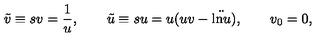
\tilde { v } \equiv s v = \frac { 1 } { u } , \qquad \tilde { u } \equiv s u = u ( u v - \ddot { \mathrm { l n } u } ) , \qquad v _ { 0 } = 0 ,